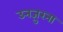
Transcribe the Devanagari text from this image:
उनज़ुरना